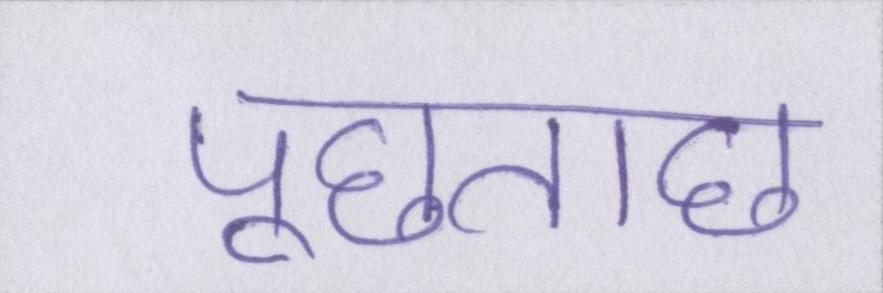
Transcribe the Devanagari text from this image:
पूछताछ